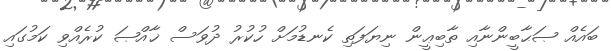
ބައެއް ޞަޙާބީންނާއި ތާބިޢީން ނިޔަފަތި ކެނޑުމަށް ހުކުރު ދުވަސް ޚާއްޞަ ކުރެއްވި ކަމުގައި